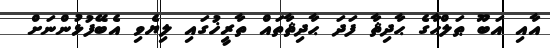
އާއި އަބޫ ޠަލްޙާގެ ޙާދިޘާ ފަދަ ޙާދިޘާތައް ތާރީޚުގައި ލިޔެވި އެބޭފުޅުންނަށް